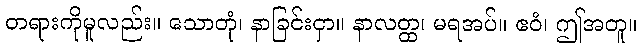
တရားကိုမူလည်း။ သောတုံ၊ နာခြင်းငှာ။ နာလတ္ထ၊ မရအပ်။ ဧဝံ၊ ဤအတူ။